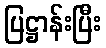
ပြဋ္ဌာန်းပြီး